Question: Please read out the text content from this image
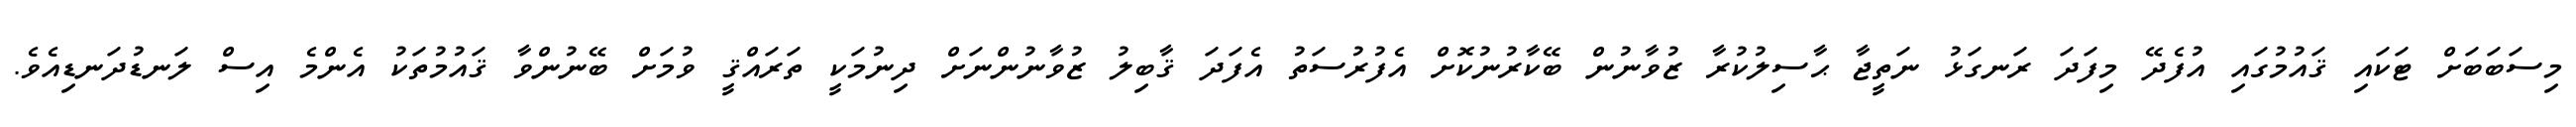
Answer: މިސަބަބަށް ޓަކައި ޤައުމުގައި އުފެދޭ މިފަދަ ރަނގަޅު ނަތީޖާ ޙާސިލުކުރާ ޒުވާނުން ބޭކާރުނުކޮށް އެފުރުސަތު އެފަދަ ޤާބިލު ޒުވާނުންނަށް ދިނުމަކީ ތަރައްޤީ ވުމަށް ބޭނުންވާ ޤައުމުތަކު އެންމެ އިސް ލަނޑުދަނޑިއެވެ.